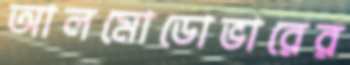
আলমোডোভারের